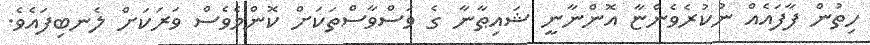
ހިތުން ފާފައެއް ނުކުރެވެންޏާ އޮންނާނީ ޝައިޠާނާ ގެ ވަސްވާސްތަކަށް ކޮންމެވެސް ވަރަކަށް ލެނބިފައެވެ.